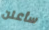
سأعلن